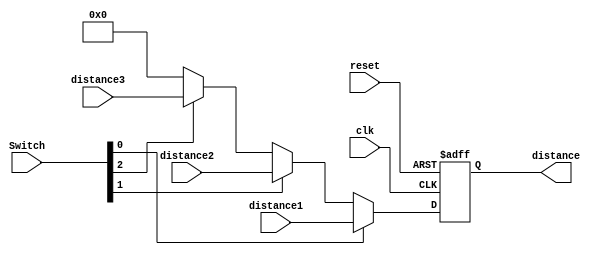
module switch7seg(		//swap the 7seg with switch
	input wire clk,
	input wire reset,
	input wire [11:0] distance1,
	input wire [11:0] distance2,
	input wire [11:0] distance3,
	input [9:0] Switch,
	
	output wire [11:0] distance
	
);

	reg [11:0] distance_output;

always@ (posedge clk or posedge reset)
	begin
			if (reset)
				distance_output <= 0;
			else if(Switch[0] == 1'b1)
				distance_output <= distance1;
			else if(Switch[1] == 1'b1)
				distance_output <= distance2;
			else if(Switch[2] == 1'b1)
				distance_output <= distance3;
			else 
				distance_output <= 0;
	end
		
	
	assign distance = distance_output;

endmodule